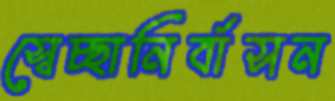
স্বেচ্ছানির্বাসন